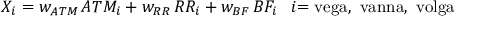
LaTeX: X _ { i } = w _ { A T M } \, { A T M _ { i } } + w _ { R R } \, { R R _ { i } } + w _ { B F } \, { B F _ { i } } \, \, \, \, \, i { \mathrm { = v e g a , ~ v a n n a , ~ v o l g a } }